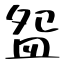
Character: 盌